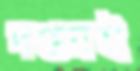
দপ্তরই